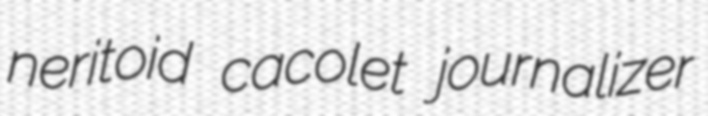
neritoid cacolet journalizer